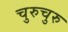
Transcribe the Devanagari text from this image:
चुरुचुरु